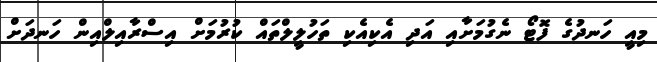
މިއީ ހަނދުގެ ފޮޓޯ ނެގުމަށާއި އަދި އެކިއެކި ތަހުލީލްތައް ކުރުމަށް އިސްރާއިލްއިން ހަނދަށް